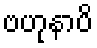
ဗဟုနာပိ